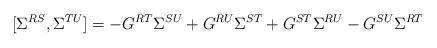
LaTeX: \begin{align*}[\Sigma^{RS},\Sigma^{TU}]=-G^{RT}\Sigma^{SU}+G^{RU}\Sigma^{ST}+G^{ST}\Sigma^{RU}-G^{SU}\Sigma^{RT}\end{align*}